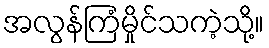
အလွန်ကြံမှိုင်သကဲ့သို့။